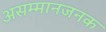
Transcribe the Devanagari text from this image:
असम्मानजनक